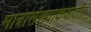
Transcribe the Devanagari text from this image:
मात्रासंख्याकजातीत